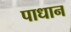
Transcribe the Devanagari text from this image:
पाधान